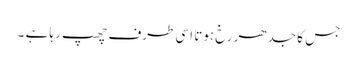
جس کا جدھر رخ ہوتا اسی طرف چھپ رہا ہے ۔